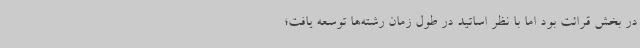
در بخش قرائت بود اما با نظر اساتید در طول زمان رشته‌ها توسعه یافت؛